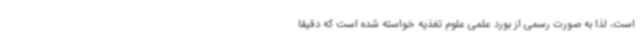
است، لذا به صورت رسمی از بورد علمی علوم تغذیه خواسته شده است که دقیقا